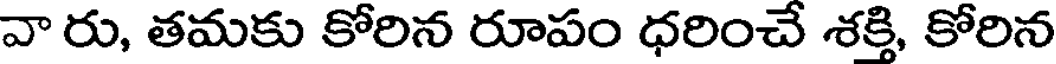
వా రు, తమకు కోరిన రూపం ధరించే శక్తి, కోరిన